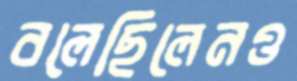
বলেছিলেনও